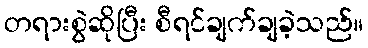
တရားစွဲဆိုပြီး စီရင်ချက်ချခဲ့သည်။